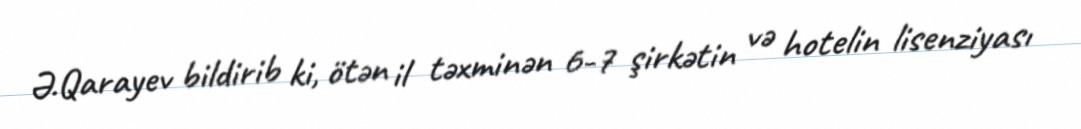
Ə.Qarayev bildirib ki, ötən il təxminən 6-7 şirkətin və hotelin lisenziyası